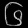
Digit: ၆